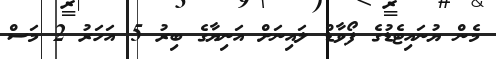
މެން ޔުނައިޓެޑުގެ ފޯވާޑް ލައިނަށް އަނިޔާގެ ބިރު 5 އަހަރު 2 މަސް